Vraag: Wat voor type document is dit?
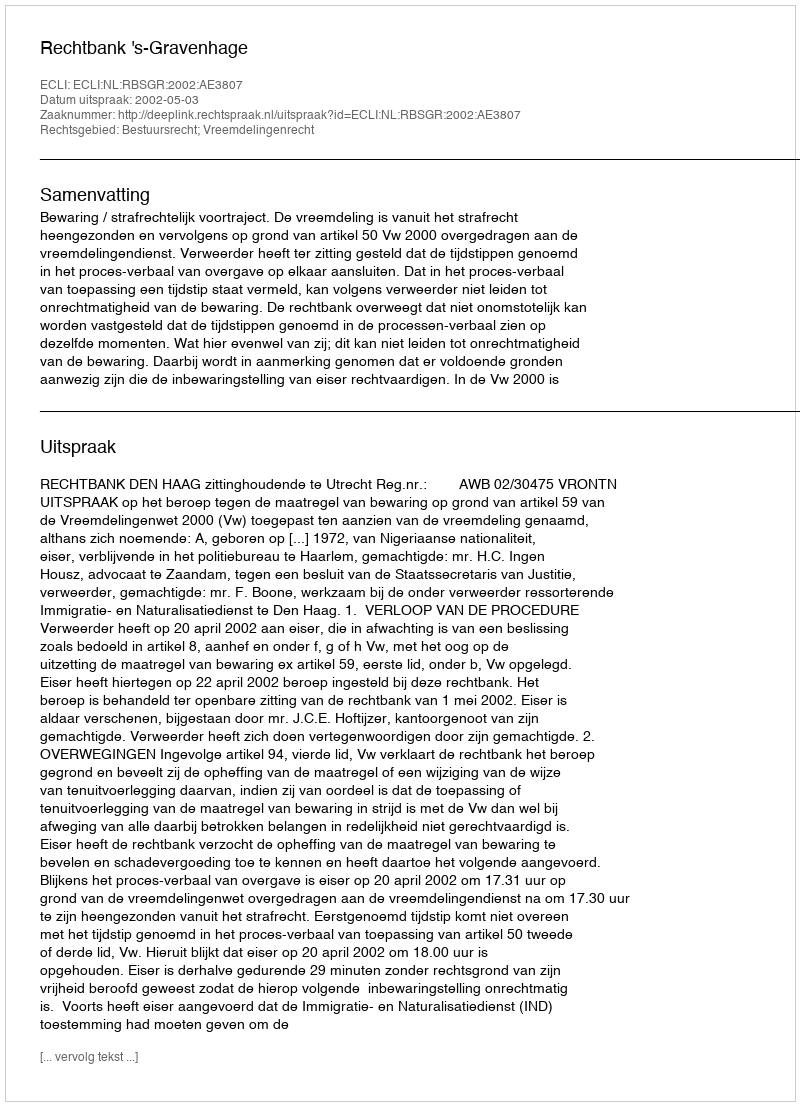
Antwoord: Uitspraak